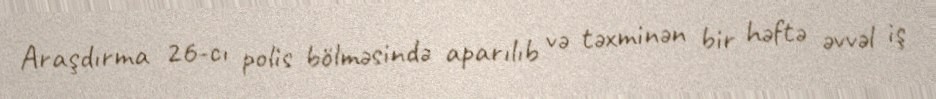
Araşdırma 26-cı polis bölməsində aparılıb və təxminən bir həftə əvvəl iş